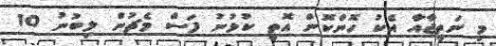
މި ނަތީޖާއާ އެކު ހޮންކޮން އޮތީ ކުޅުނު ފަސް މެޗުން ލިބުނު 10